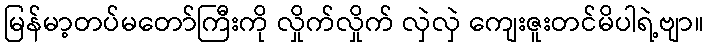
မြန်မာ့တပ်မတော်ကြီးကို လှိုက်လှိုက် လှဲလှဲ ကျေးဇူးတင်မိပါရဲ့ဗျာ။